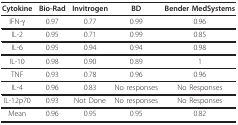
<table><thead><tr><td><b>Cytokine</b></td><td><b>Bio-Rad</b></td><td><b>Invitrogen</b></td><td><b>BD</b></td><td><b>Bender MedSystems</b></td></tr></thead><tbody><tr><td>IFN-γ</td><td>0.97</td><td>0.77</td><td>0.99</td><td>0.96</td></tr><tr><td>IL-2</td><td>0.95</td><td>0.71</td><td>0.99</td><td>0.85</td></tr><tr><td>IL-6</td><td>0.95</td><td>0.94</td><td>0.94</td><td>0.98</td></tr><tr><td>IL-10</td><td>0.98</td><td>0.90</td><td>0.89</td><td>1</td></tr><tr><td>TNF</td><td>0.93</td><td>0.78</td><td>0.96</td><td>0.96</td></tr><tr><td>IL-4</td><td>0.96</td><td>0.83</td><td>No responses</td><td>No Responses</td></tr><tr><td>IL-12p70</td><td>0.93</td><td>Not Done</td><td>No responses</td><td>No Responses</td></tr><tr><td>Mean</td><td>0.96</td><td>0.95</td><td>0.95</td><td>0.82</td></tr></tbody></table>